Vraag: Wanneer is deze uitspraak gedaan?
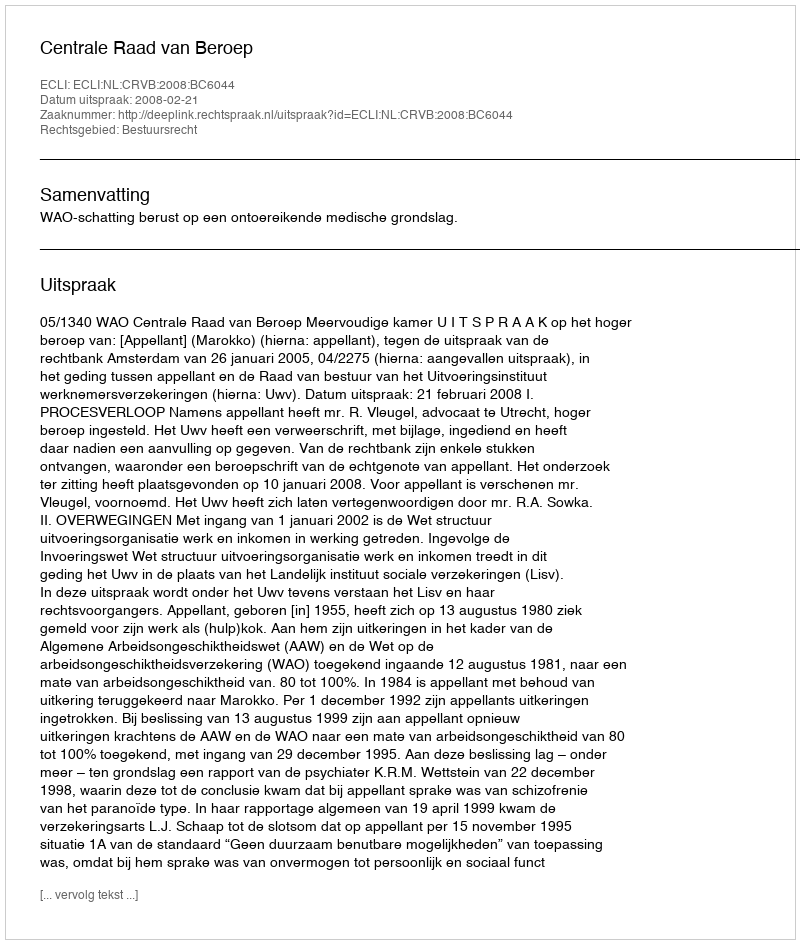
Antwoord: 2008-02-21